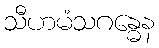
သီဟမံသဂန္ဓေန